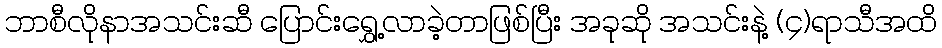
ဘာစီလိုနာအသင်းဆီ ပြောင်းရွှေ့လာခဲ့တာဖြစ်ပြီး အခုဆို အသင်းနဲ့ (၄)ရာသီအထိ